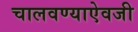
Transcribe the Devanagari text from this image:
चालवण्याऐवजी